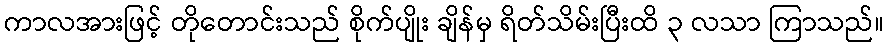
ကာလအားဖြင့် တိုတောင်းသည် စိုက်ပျိုး ချိန်မှ ရိတ်သိမ်းပြီးထိ ၃ လသာ ကြာသည်။